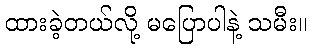
ထားခဲ့တယ်လို့ မပြောပါနဲ့ သမီး။